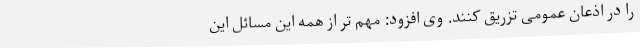
را در اذعان عمومی تزریق کنند. وی افزود: مهم تر از همه این مسائل این